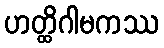
ဟတ္ထိဂါမကဿ